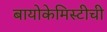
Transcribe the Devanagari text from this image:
बायोकेमिस्टीची